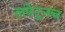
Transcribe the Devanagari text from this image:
लपेटूनच